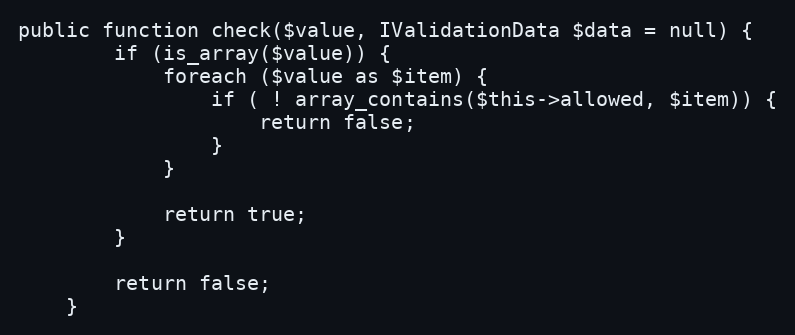
Language: PHP
public function check($value, IValidationData $data = null) {
        if (is_array($value)) {
            foreach ($value as $item) {
                if ( ! array_contains($this->allowed, $item)) {
                    return false;
                }
            }

            return true;
        }

        return false;
    }